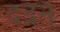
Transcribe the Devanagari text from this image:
ददन